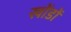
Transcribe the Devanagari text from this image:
खोंडों